EAOK_Sinod, lk 18
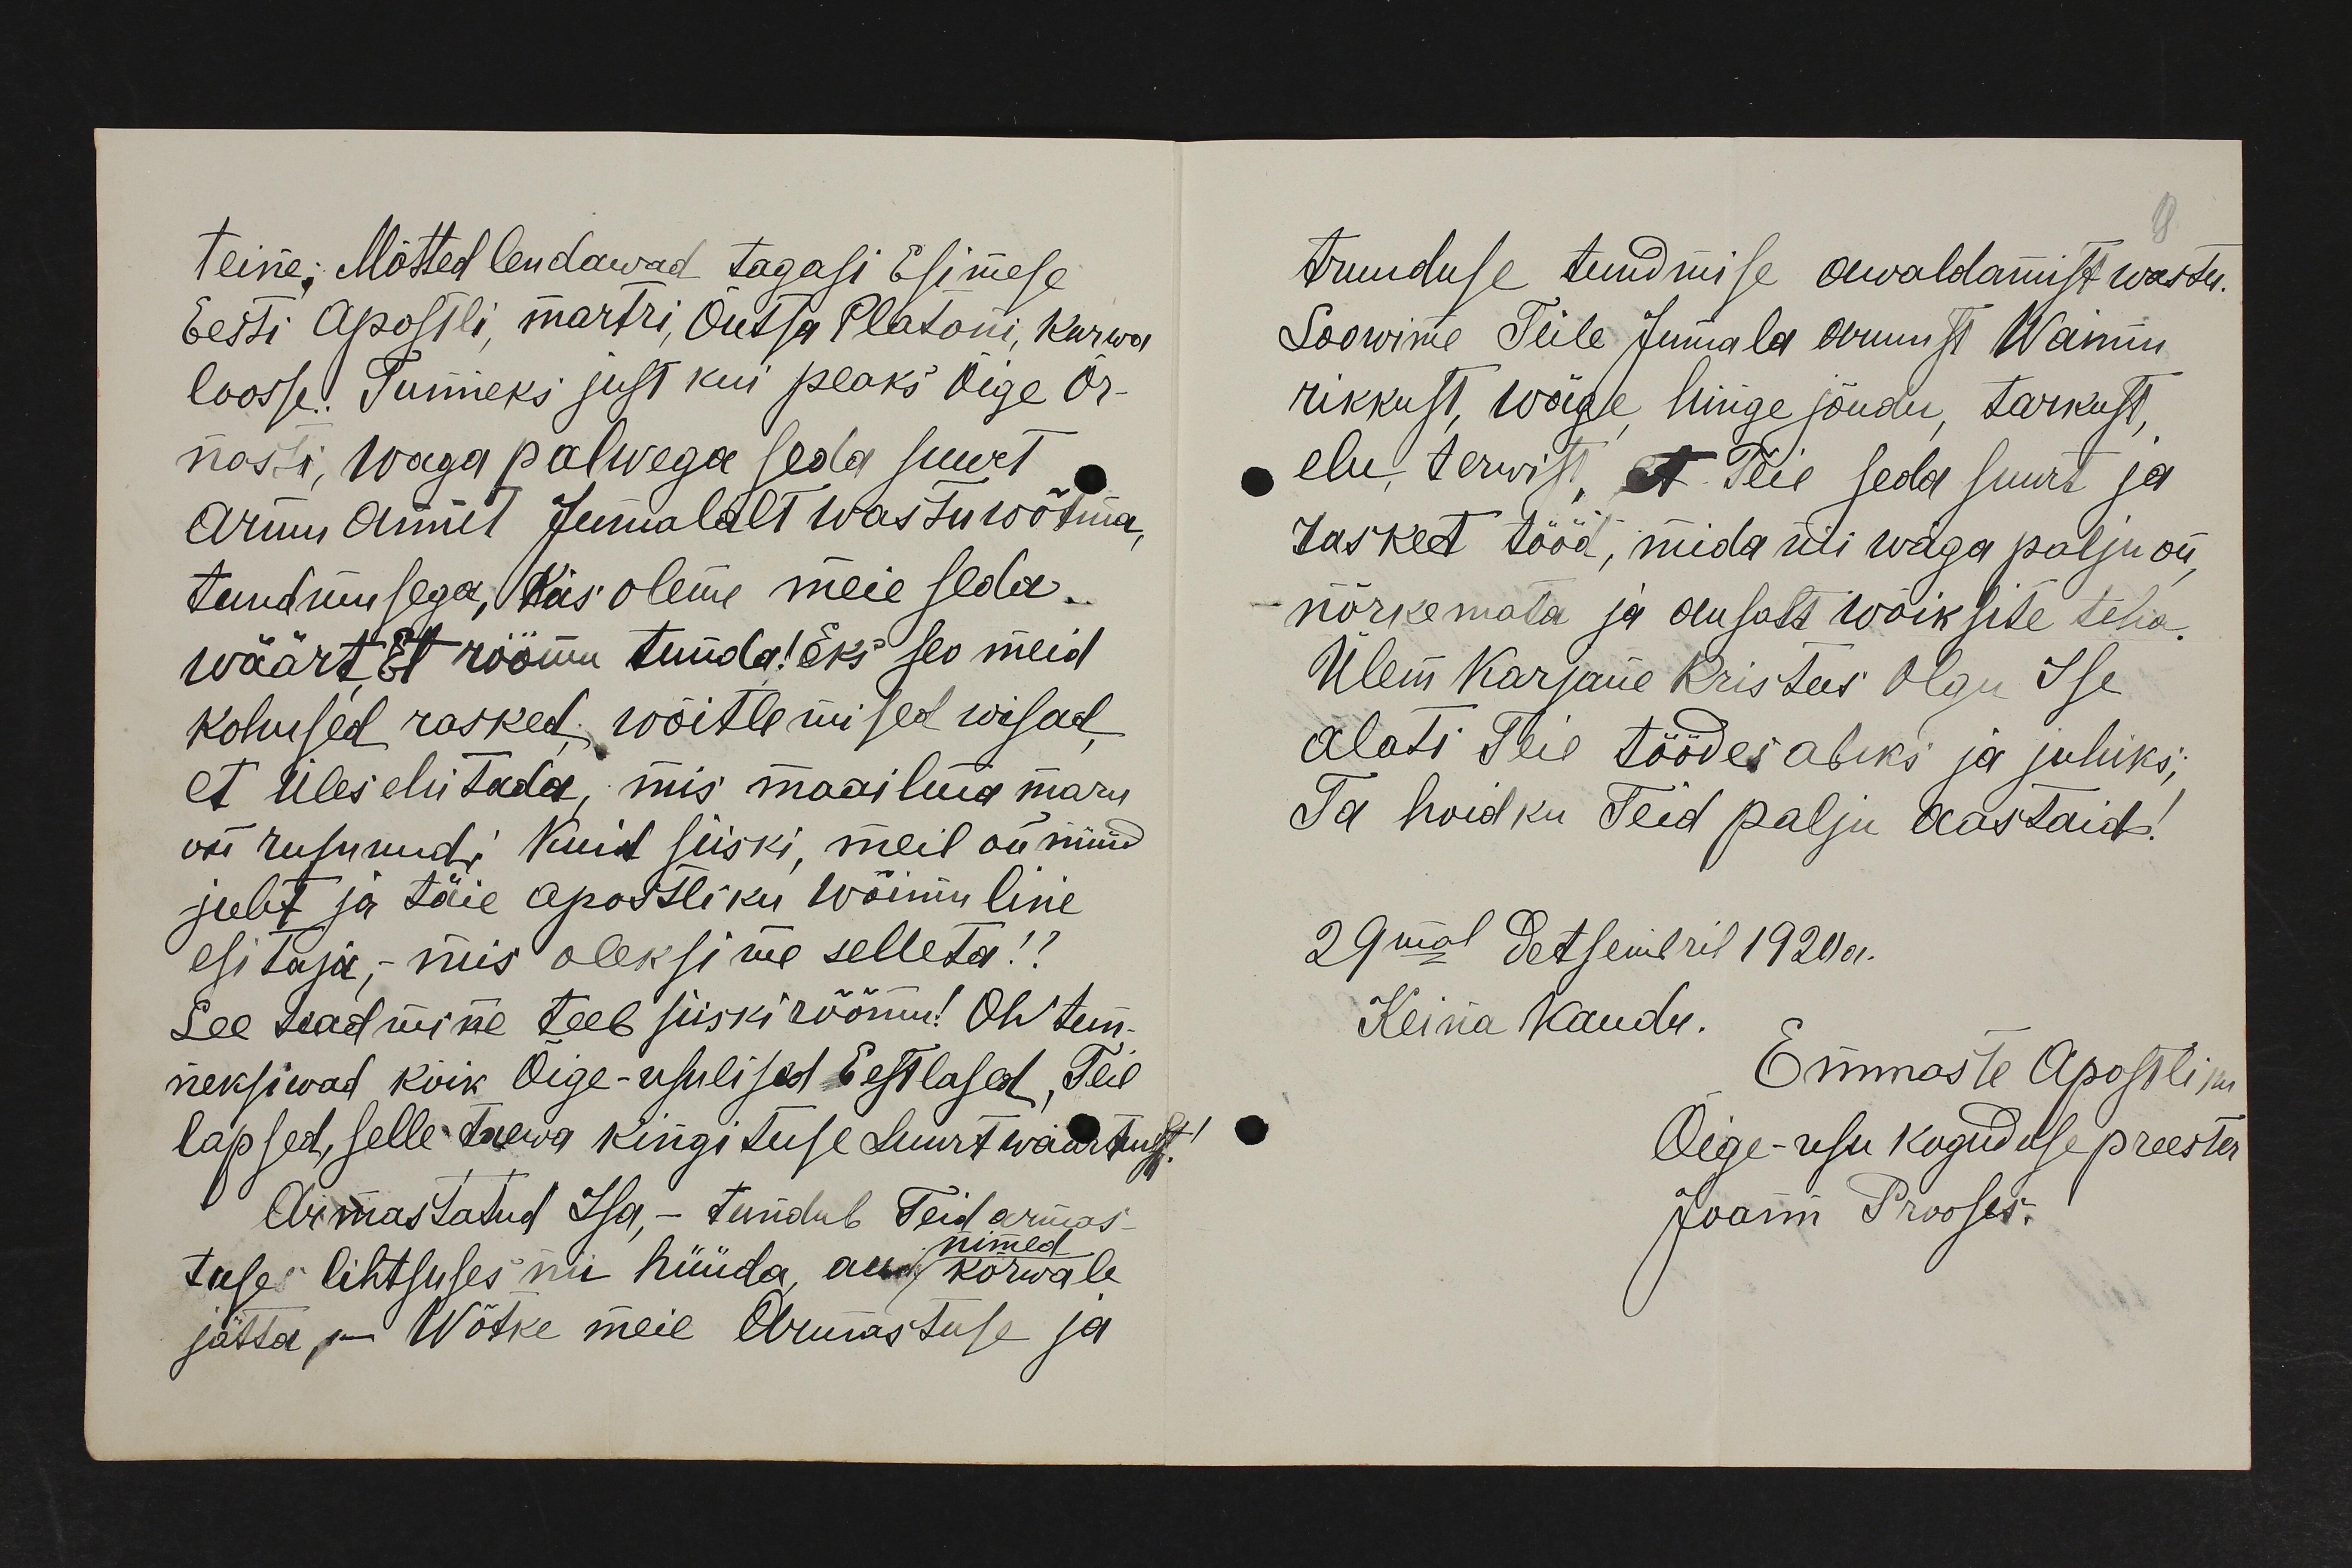
teine: Mõtted lendawad tagasi Esimese
Eesti Apostli, martri, Õutsa Platoni, Kurwa
loosse. Tunneks just kui peaks õige õr-
nasti, waga palwega seda suurt
Armu Annet Jumalalt wastu wõtma,
tundmusega, kas oleme meie seda
wäärt, et rõõmu tunda! Eks seo meid
kohused rasked, wõitlemised wisad,
et üles ehitada, mis maailma maru
on rusunud. Kuid siiski, meil on nüüd
juht ja täie apostliku wõimuline
esitaja, mis oleksime selleta!?
See teadmine teeb siiski rõõmu! Oh tun-
neksiwad kõik Õige-usulised Eestlased, Teie
lapsed, selle taewa kingituse suurt wäärtust.
Armastatud Isa, - tundub Teid armas-
tuses lihtsuses nii hüüda, au kõrwale
nimed
jätta - Wõtke meie Armastuse ja

truuduse tundmise awaldamist wastu.
Soowime Teile Jumala armust Waimu
rikkust, wäge, hinge jõudu, tarkust,
elu, terwist, et Teie seda suurt ja
rasket tööd, mida üli wäga palju on,
nõrkemata ja ausalt wõiksite teha.
Ülem Karjane Kristus Olgu Ise
alati Teie töödes abiks ja juhiks;
Ta hoidku Teid palju aastaid!
29mal Detsembril 1920 a.
Keina kaudu.
Emmaste Apostliku
Õige-usu koguduse preester
Joann Prooses.